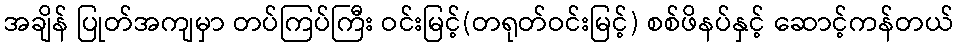
အချိန် ပြုတ်အကျမှာ တပ်ကြပ်ကြီး ဝင်းမြင့်(တရုတ်ဝင်းမြင့်) စစ်ဖိနပ်နှင့် ဆောင့်ကန်တယ်